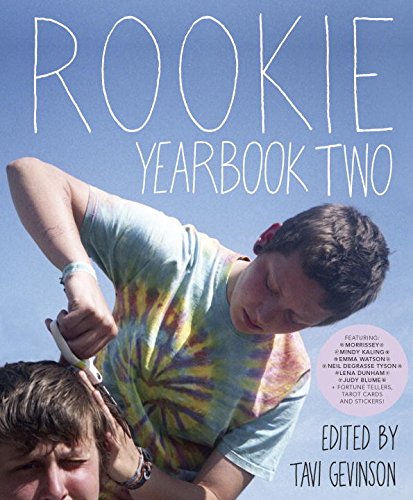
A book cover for Rookie Yearbook Two; Tavi Gevinson; Teen & Young Adult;